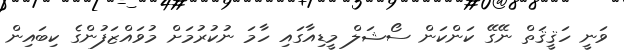
ވަނީ ހަޤީޤަތް ނޭގޭ ކަންކަން ސޯޝަލް މީޑިއާގައި ހާމަ ނުކުރުމަށް މުވައްޒަފުންގެ ކިބައިން